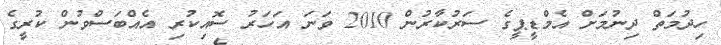
ހިދުމަތް ދިނުމަށް އެމްޑީޕީގެ ސަރުކާރުން 2010 ވަނަ އަހަރު ސޮއިކުރި އެއްބަސްވުން ކުރީގެ